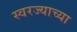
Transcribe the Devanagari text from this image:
स्वरज्याच्या